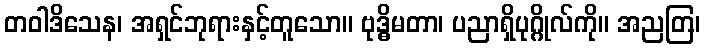
တဝါဒိသေန၊ အရှင်ဘုရားနှင့်တူသော။ ဗုဒ္ဓိမတာ၊ ပညာရှိပုဂ္ဂိုလ်ကို။ အညတြ၊